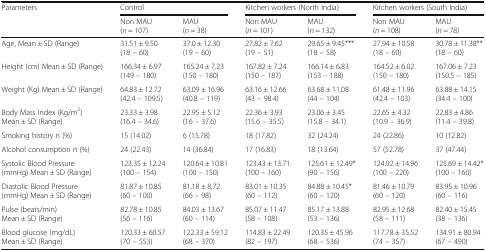
<table><thead><tr><td rowspan="2"><b>Parameters</b></td><td colspan="2"><b>Control</b></td><td colspan="2"><b>Kitchen workers (North India)</b></td><td colspan="2"><b>Kitchen workers (South India)</b></td></tr><tr><td><b>Non MAU(<i>n</i> = 107)</b></td><td><b>MAU(<i>n</i> = 38)</b></td><td><b>Non MAU(<i>n</i> = 101)</b></td><td><b>MAU(<i>n</i> = 132)</b></td><td><b>Non MAU(<i>n</i> = 108)</b></td><td><b>MAU(<i>n</i> = 78)</b></td></tr></thead><tbody><tr><td>Age, Mean ± SD (Range)</td><td>31.51 ± 9.50(18 – 60)</td><td>37.0 ± 12.30(19 – 60)</td><td>27.82 ± 7.62(19 – 51)</td><td>29.65 ± 9.45***(18 – 58)</td><td>27.94 ± 10.58(18 – 60)</td><td>30.78 ± 11.38**(18 – 60)</td></tr><tr><td>Height (cm) Mean ± SD (Range)</td><td>166.34 ± 6.97(149 – 180)</td><td>165.24 ± 7.23(150 – 180)</td><td>167.82 ± 7.24(150 – 187)</td><td>166.14 ± 6.83(153 – 188)</td><td>164.52 ± 6.02(150 – 180)</td><td>167.06 ± 7.23(150.5 – 185)</td></tr><tr><td>Weight (Kg) Mean ± SD (Range)</td><td>64.83 ± 12.72(42.4 – 109.5)</td><td>63.09 ± 16.96(40.8 – 119)</td><td>63.16 ± 12.66(43 – 98.4)</td><td>63.68 ± 11.08(44 – 104)</td><td>61.48 ± 11.96(42.4 – 103)</td><td>63.88 ± 14.15(34.4 – 100)</td></tr><tr><td>Body Mass Index (Kg/m<sup>2</sup>) Mean ± SD (Range)</td><td>23.33 ± 3.98(16.4 – 34.6)</td><td>22.95 ± 5.12(16 – 37.6)</td><td>22.36 ± 3.93(15.6 – 35.5)</td><td>23.06 ± 3.45(15.8 – 34.1)</td><td>22.65 ± 4.32(10.9 – 36.9)</td><td>22.83 ± 4.86(11.4 – 39.8)</td></tr><tr><td>Smoking history n (%)</td><td>15 (14.02)</td><td>6 (15.78)</td><td>18 (17.82)</td><td>32 (24.24)</td><td>24 (22.86)</td><td>10 (12.82)</td></tr><tr><td>Alcohol consumption n (%)</td><td>24 (22.43)</td><td>14 (36.84)</td><td>17 (16.83)</td><td>18 (13.64)</td><td>57 (52.78)</td><td>37 (47.44)</td></tr><tr><td>Systolic Blood Pressure (mmHg) Mean ± SD (Range)</td><td>123.35 ± 12.24(100 – 154)</td><td>120.64 ± 10.81(100 – 150)</td><td>123.43 ± 13.71(100 – 160)</td><td>125.61 ± 12.49*(90 – 156)</td><td>124.92 ± 14.96(100 – 220)</td><td>125.69 ± 14.42*(100 – 160)</td></tr><tr><td>Diastolic Blood Pressure (mmHg) Mean ± SD (Range)</td><td>81.87 ± 10.85(60 – 100)</td><td>81.18 ± 8.72(66 – 98)</td><td>83.01 ± 10.35(60 – 112)</td><td>84.88 ± 10.45*(60 – 120)</td><td>81.46 ± 10.79(60 – 120)</td><td>83.95 ± 10.96(60 – 116)</td></tr><tr><td>Pulse (beats/min)Mean ± SD (Range)</td><td>82.78 ± 10.85(56 – 116)</td><td>84.03 ± 13.67(60 – 114)</td><td>85.07 ± 11.47(58 – 108)</td><td>85.17 ± 13.88(53 – 136)</td><td>82.95 ± 12.68(58 – 111)</td><td>82.40 ± 15.45(38 – 136)</td></tr><tr><td>Blood glucose (mg/dL) Mean ± SD (Range)</td><td>120.33 ± 60.57(70 – 553)</td><td>122.33 ± 59.12(68 – 370)</td><td>114.83 ± 22.49(82 – 197)</td><td>120.35 ± 45.96(68 – 536)</td><td>117.78 ± 35.52(74 – 357)</td><td>134.91 ± 80.94(67 – 490)</td></tr></tbody></table>